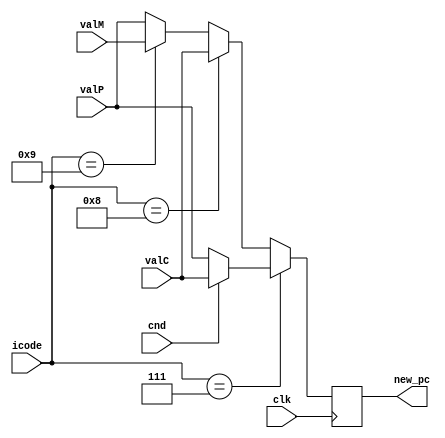
`timescale 1ns/10ps

module pc_update(clk,icode,cnd,valC,valM,valP,new_pc);

input clk;
    input [4:1] icode;
    input cnd;
    input [64:1] valC;
    input [64:1] valM;
    input [64:1] valP;
    output reg [64:1] new_pc;

always @(negedge  clk)
begin


    if(icode==4'b0111) //jxx
    begin
      if(cnd==1'b1)
        begin
          new_pc=valC;
        end
      else
        begin
          new_pc=valP;
        end
    end
    else if(icode==4'b1000) //call
      begin
        new_pc=valC;
      end
    else if(icode==4'b1001) //ret
      begin
        new_pc=valM;
      end
    else
      begin
        new_pc=valP;
      end
    end

endmodule